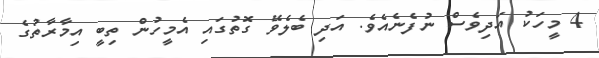
4 މީހަކު އަދިވެސް ނުފެނެއެވެ. އަދި ބެލެވޭ ގޮތުގައި އެމީހުން ތިބީ އިމާރާތުގެ